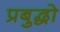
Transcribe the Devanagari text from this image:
प्रबुद्धो